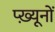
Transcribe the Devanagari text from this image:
प्ख़्यूनों